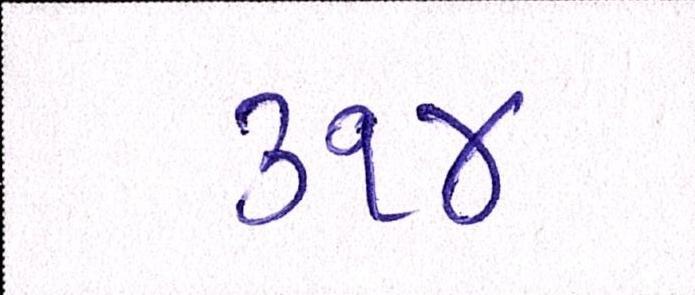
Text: ૩૧૪